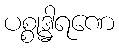
ပစ္စုဒ္ဓါရဏေ